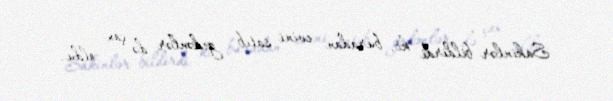
Sakinlər bildirdi ki, buradan evini satıb gedənlər də çox oldu.